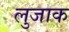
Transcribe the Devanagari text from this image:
लुजाक